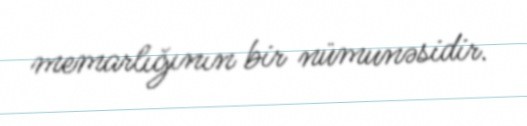
memarlığının bir nümunəsidir.